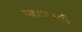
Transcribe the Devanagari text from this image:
महाजनकी